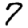
Digit: 7